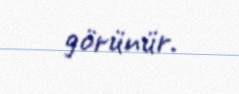
görünür.